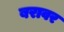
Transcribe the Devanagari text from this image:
बरावर